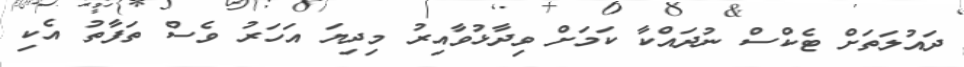
ދައުލަތަށް ޓެކްސް ނުދައްކާ ކަމަށް ވިދާޅުވާއިރު މިދިޔަ އަހަރު ވެސް ތަފާތު އެކި